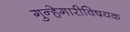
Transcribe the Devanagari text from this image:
गुन्हेगारीविषयक